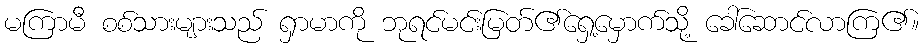
မကြာမီ စစ်သားများသည် ရှာမာကို ဘုရင်မင်းမြတ်၏ရှေ့မှောက်သို့ ခေါ်ဆောင်လာကြ၏။